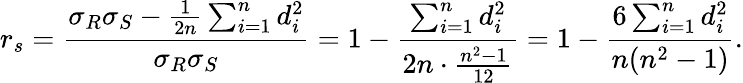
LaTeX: r_{s}={\frac{\sigma_{R}\sigma_{S}-{\frac{1}{2n}}\sum_{i=1}^{n}d_{i}^{2}}{\sigma_{R}\sigma_{S}}}=1-{\frac{\sum_{i=1}^{n}d_{i}^{2}}{2n\cdot{\frac{n^{2}-1}{12}}}}=1-{\frac{6\sum_{i=1}^{n}d_{i}^{2}}{n(n^{2}-1)}}.